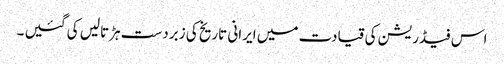
اس فیڈریشن کی قیادت میں ایرانی تاریخ کی زبردست ہڑتالیں کی گئیں ۔